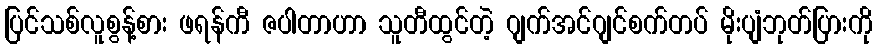
ပြင်သစ်လူစွန့်စား ဖရန်ကီ ဇပါတာဟာ သူတီထွင်တဲ့ ဂျက်အင်ဂျင်စက်တပ် မိုးပျံဘုတ်ပြားကို